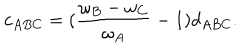
c _ { A B C } = ( \frac { \omega _ { B } - \omega _ { C } } { \omega _ { A } } - 1 ) d _ { A B C } .